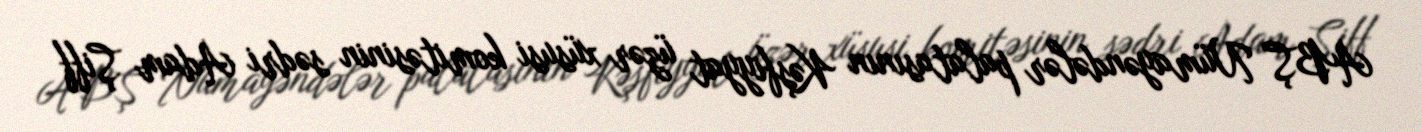
ABŞ Nümayəndələr palatasının Kəşfiyyat üzər xüsusi komitəsinin sədri Adam Şiff